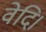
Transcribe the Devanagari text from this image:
वेदि।